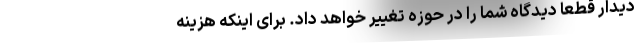
دیدار قطعا دیدگاه شما را در حوزه تغییر خواهد داد. برای اینکه هزینه